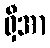
ရှီအာ